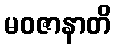
မဝဇာနာတိ